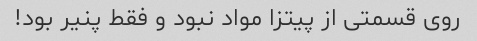
روی قسمتی از پیتزا مواد نبود و فقط پنیر بود!